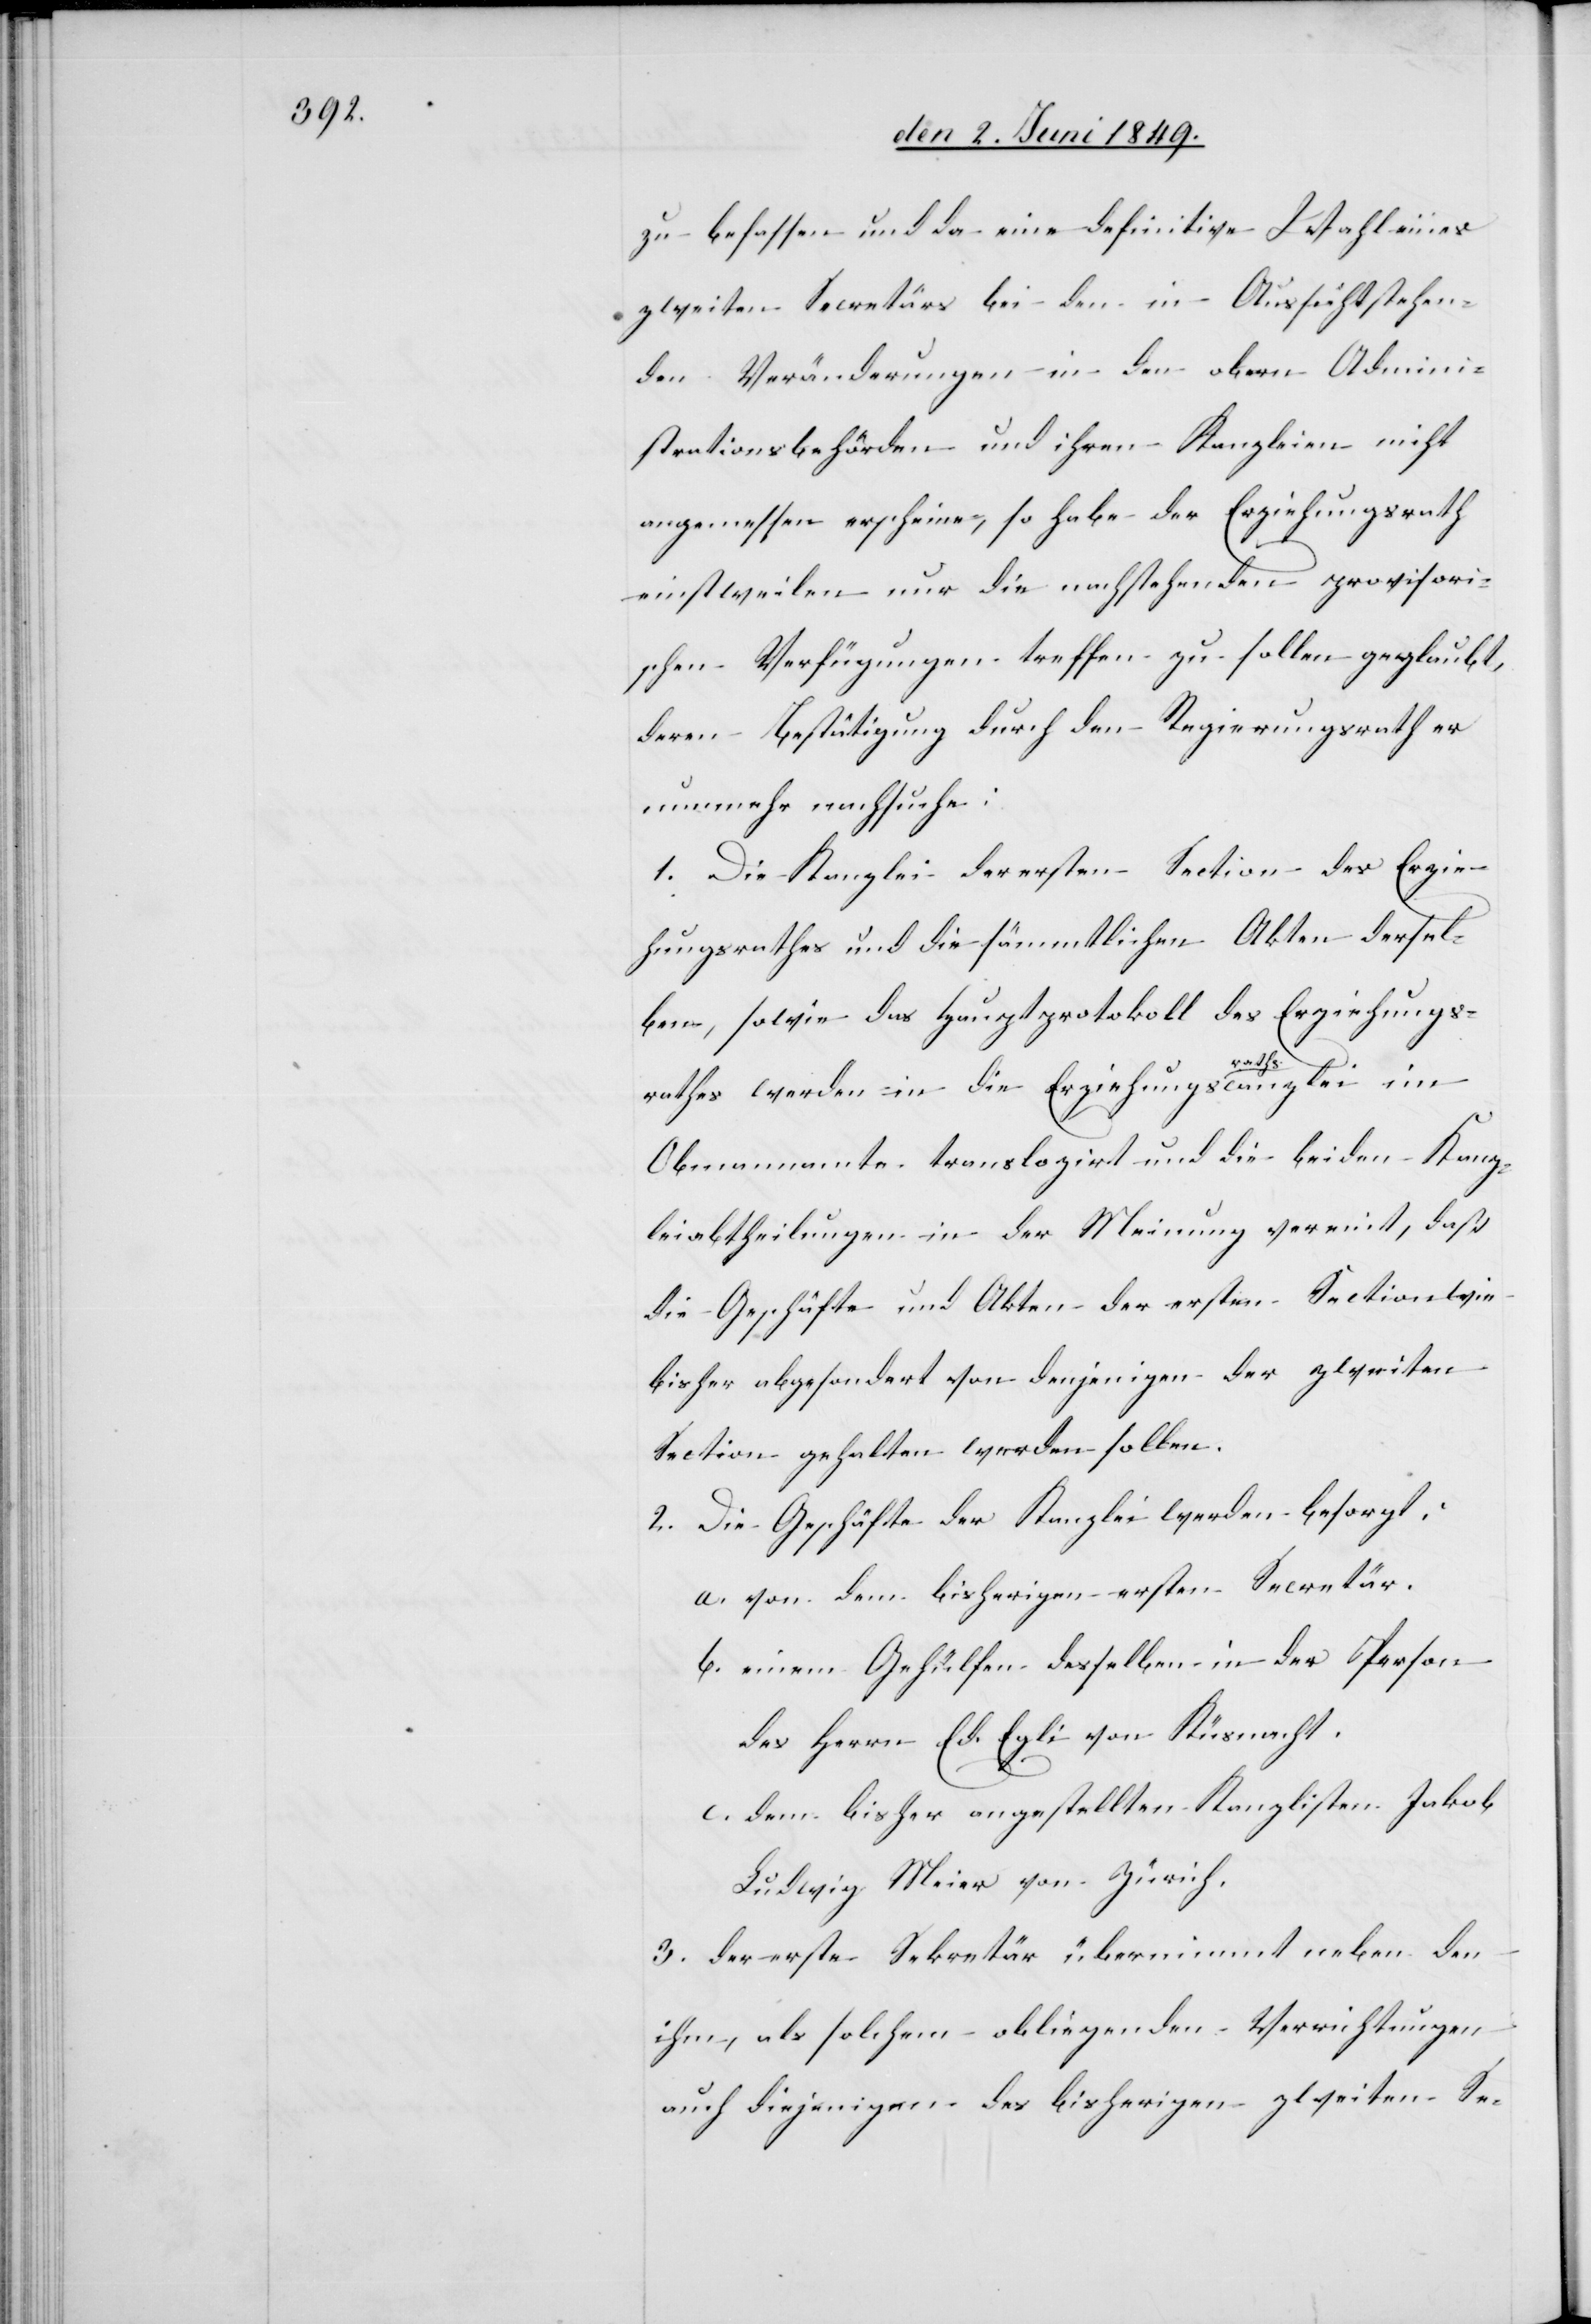
zu befassen und da eine definitive Wahl eines
zweiten Secretärs bei den in Aussicht stehen¬
den Veränderungen in den obern Admini¬
strationsbehörden und ihren Kanzleien nicht
angemessen erschiene, so habe der Erziehungsrath
einstweilen nur die nachstehenden provisori¬
schen Verfügungen treffen zu sollen geglaubt,
deren Bestätigung durch den Regierungsrath er
nunmehr nachsuche:
1. Die Kanzlei der ersten Section des Erzie¬
hungsrathes und die sämmtlichen Akten dersel¬
ben, sowie das Hauptprotokoll des Erziehungs¬
raths werden in die Erziehungsrathscanzlei im
Obmannamte translogirt und die beiden Kanz¬
leiabtheilungen in der Meinung vereint, daß
die Geschäfte und Akten der ersten Section wie
bisher abgesondert von denjenigen der zweiten
Section gehalten werden sollen.
2. Die Geschäfte der Kanzlei werden besorgt:
a. von dem bisherigen ersten Secretär.
b. einem Gehülfen desselben in der Person
des Herrn Ed. Egli von Küsnacht.
c. dem bisher angestellten Kanzlisten Jakob
Ludwig Meier von Zürich.
3. der erste Sekretär übernimmt neben den
ihm, als solchem obliegenden Verrichtungen
auch diejenigen des bisherigen zweiten Se-